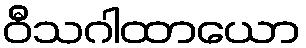
ဝီသဂါထာယော